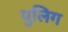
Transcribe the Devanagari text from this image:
पुलिग